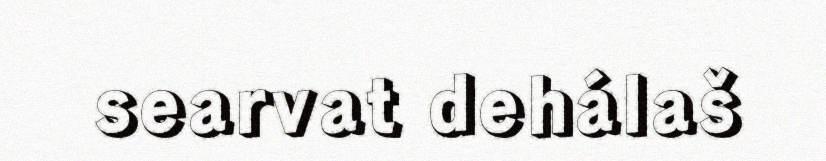
searvat dehálaš